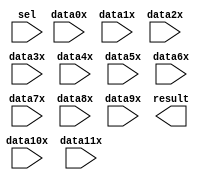
// megafunction wizard: %LPM_MUX%VBB%
// GENERATION: STANDARD
// VERSION: WM1.0
// MODULE: lpm_mux 

// ============================================================
// Megafunction Name(s):
// 			lpm_mux
//
// Simulation Library Files(s):
// 			lpm
// ============================================================
// ************************************************************
// THIS IS A WIZARD-GENERATED FILE. DO NOT EDIT THIS FILE!
//
// 9.1 Build 222 10/21/2009 SJ Full Version
// ************************************************************

//Copyright (C) 1991-2009 Altera Corporation
//Your use of Altera Corporation's design tools, logic functions 
//and other software and tools, and its AMPP partner logic 
//functions, and any output files from any of the foregoing 
//(including device programming or simulation files), and any 
//associated documentation or information are expressly subject 
//to the terms and conditions of the Altera Program License 
//Subscription Agreement, Altera MegaCore Function License 
//Agreement, or other applicable license agreement, including, 
//without limitation, that your use is for the sole purpose of 
//programming logic devices manufactured by Altera and sold by 
//Altera or its authorized distributors.  Please refer to the 
//applicable agreement for further details.

module lpm_mux12_1 (
	data0x,
	data10x,
	data11x,
	data1x,
	data2x,
	data3x,
	data4x,
	data5x,
	data6x,
	data7x,
	data8x,
	data9x,
	sel,
	result);

	input	[31:0]  data0x;
	input	[31:0]  data10x;
	input	[31:0]  data11x;
	input	[31:0]  data1x;
	input	[31:0]  data2x;
	input	[31:0]  data3x;
	input	[31:0]  data4x;
	input	[31:0]  data5x;
	input	[31:0]  data6x;
	input	[31:0]  data7x;
	input	[31:0]  data8x;
	input	[31:0]  data9x;
	input	[3:0]  sel;
	output	[31:0]  result;

endmodule

// ============================================================
// CNX file retrieval info
// ============================================================
// Retrieval info: PRIVATE: INTENDED_DEVICE_FAMILY STRING "Stratix II"
// Retrieval info: PRIVATE: SYNTH_WRAPPER_GEN_POSTFIX STRING "0"
// Retrieval info: CONSTANT: LPM_SIZE NUMERIC "12"
// Retrieval info: CONSTANT: LPM_TYPE STRING "LPM_MUX"
// Retrieval info: CONSTANT: LPM_WIDTH NUMERIC "32"
// Retrieval info: CONSTANT: LPM_WIDTHS NUMERIC "4"
// Retrieval info: USED_PORT: data0x 0 0 32 0 INPUT NODEFVAL data0x[31..0]
// Retrieval info: USED_PORT: data10x 0 0 32 0 INPUT NODEFVAL data10x[31..0]
// Retrieval info: USED_PORT: data11x 0 0 32 0 INPUT NODEFVAL data11x[31..0]
// Retrieval info: USED_PORT: data1x 0 0 32 0 INPUT NODEFVAL data1x[31..0]
// Retrieval info: USED_PORT: data2x 0 0 32 0 INPUT NODEFVAL data2x[31..0]
// Retrieval info: USED_PORT: data3x 0 0 32 0 INPUT NODEFVAL data3x[31..0]
// Retrieval info: USED_PORT: data4x 0 0 32 0 INPUT NODEFVAL data4x[31..0]
// Retrieval info: USED_PORT: data5x 0 0 32 0 INPUT NODEFVAL data5x[31..0]
// Retrieval info: USED_PORT: data6x 0 0 32 0 INPUT NODEFVAL data6x[31..0]
// Retrieval info: USED_PORT: data7x 0 0 32 0 INPUT NODEFVAL data7x[31..0]
// Retrieval info: USED_PORT: data8x 0 0 32 0 INPUT NODEFVAL data8x[31..0]
// Retrieval info: USED_PORT: data9x 0 0 32 0 INPUT NODEFVAL data9x[31..0]
// Retrieval info: USED_PORT: result 0 0 32 0 OUTPUT NODEFVAL result[31..0]
// Retrieval info: USED_PORT: sel 0 0 4 0 INPUT NODEFVAL sel[3..0]
// Retrieval info: CONNECT: result 0 0 32 0 @result 0 0 32 0
// Retrieval info: CONNECT: @data 0 0 32 352 data11x 0 0 32 0
// Retrieval info: CONNECT: @data 0 0 32 320 data10x 0 0 32 0
// Retrieval info: CONNECT: @data 0 0 32 288 data9x 0 0 32 0
// Retrieval info: CONNECT: @data 0 0 32 256 data8x 0 0 32 0
// Retrieval info: CONNECT: @data 0 0 32 224 data7x 0 0 32 0
// Retrieval info: CONNECT: @data 0 0 32 192 data6x 0 0 32 0
// Retrieval info: CONNECT: @data 0 0 32 160 data5x 0 0 32 0
// Retrieval info: CONNECT: @data 0 0 32 128 data4x 0 0 32 0
// Retrieval info: CONNECT: @data 0 0 32 96 data3x 0 0 32 0
// Retrieval info: CONNECT: @data 0 0 32 64 data2x 0 0 32 0
// Retrieval info: CONNECT: @data 0 0 32 32 data1x 0 0 32 0
// Retrieval info: CONNECT: @data 0 0 32 0 data0x 0 0 32 0
// Retrieval info: CONNECT: @sel 0 0 4 0 sel 0 0 4 0
// Retrieval info: LIBRARY: lpm lpm.lpm_components.all
// Retrieval info: GEN_FILE: TYPE_NORMAL lpm_mux12_1.v TRUE
// Retrieval info: GEN_FILE: TYPE_NORMAL lpm_mux12_1.inc FALSE
// Retrieval info: GEN_FILE: TYPE_NORMAL lpm_mux12_1.cmp FALSE
// Retrieval info: GEN_FILE: TYPE_NORMAL lpm_mux12_1.bsf TRUE FALSE
// Retrieval info: GEN_FILE: TYPE_NORMAL lpm_mux12_1_inst.v FALSE
// Retrieval info: GEN_FILE: TYPE_NORMAL lpm_mux12_1_bb.v TRUE
// Retrieval info: LIB_FILE: lpm